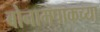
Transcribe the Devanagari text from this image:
बोनामपाकच्या